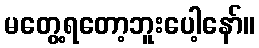
မတွေ့ရတော့ဘူးပေါ့နော်။